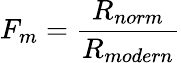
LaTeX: F_{m}={\frac{R_{norm}}{R_{modern}}}